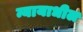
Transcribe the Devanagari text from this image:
न्यायाधील